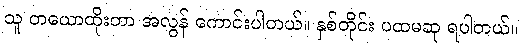
သူ တယောထိုးတာ အလွန် ကောင်းပါတယ်။ နှစ်တိုင်း ပထမဆု ရပါတယ်။